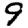
Digit: 9